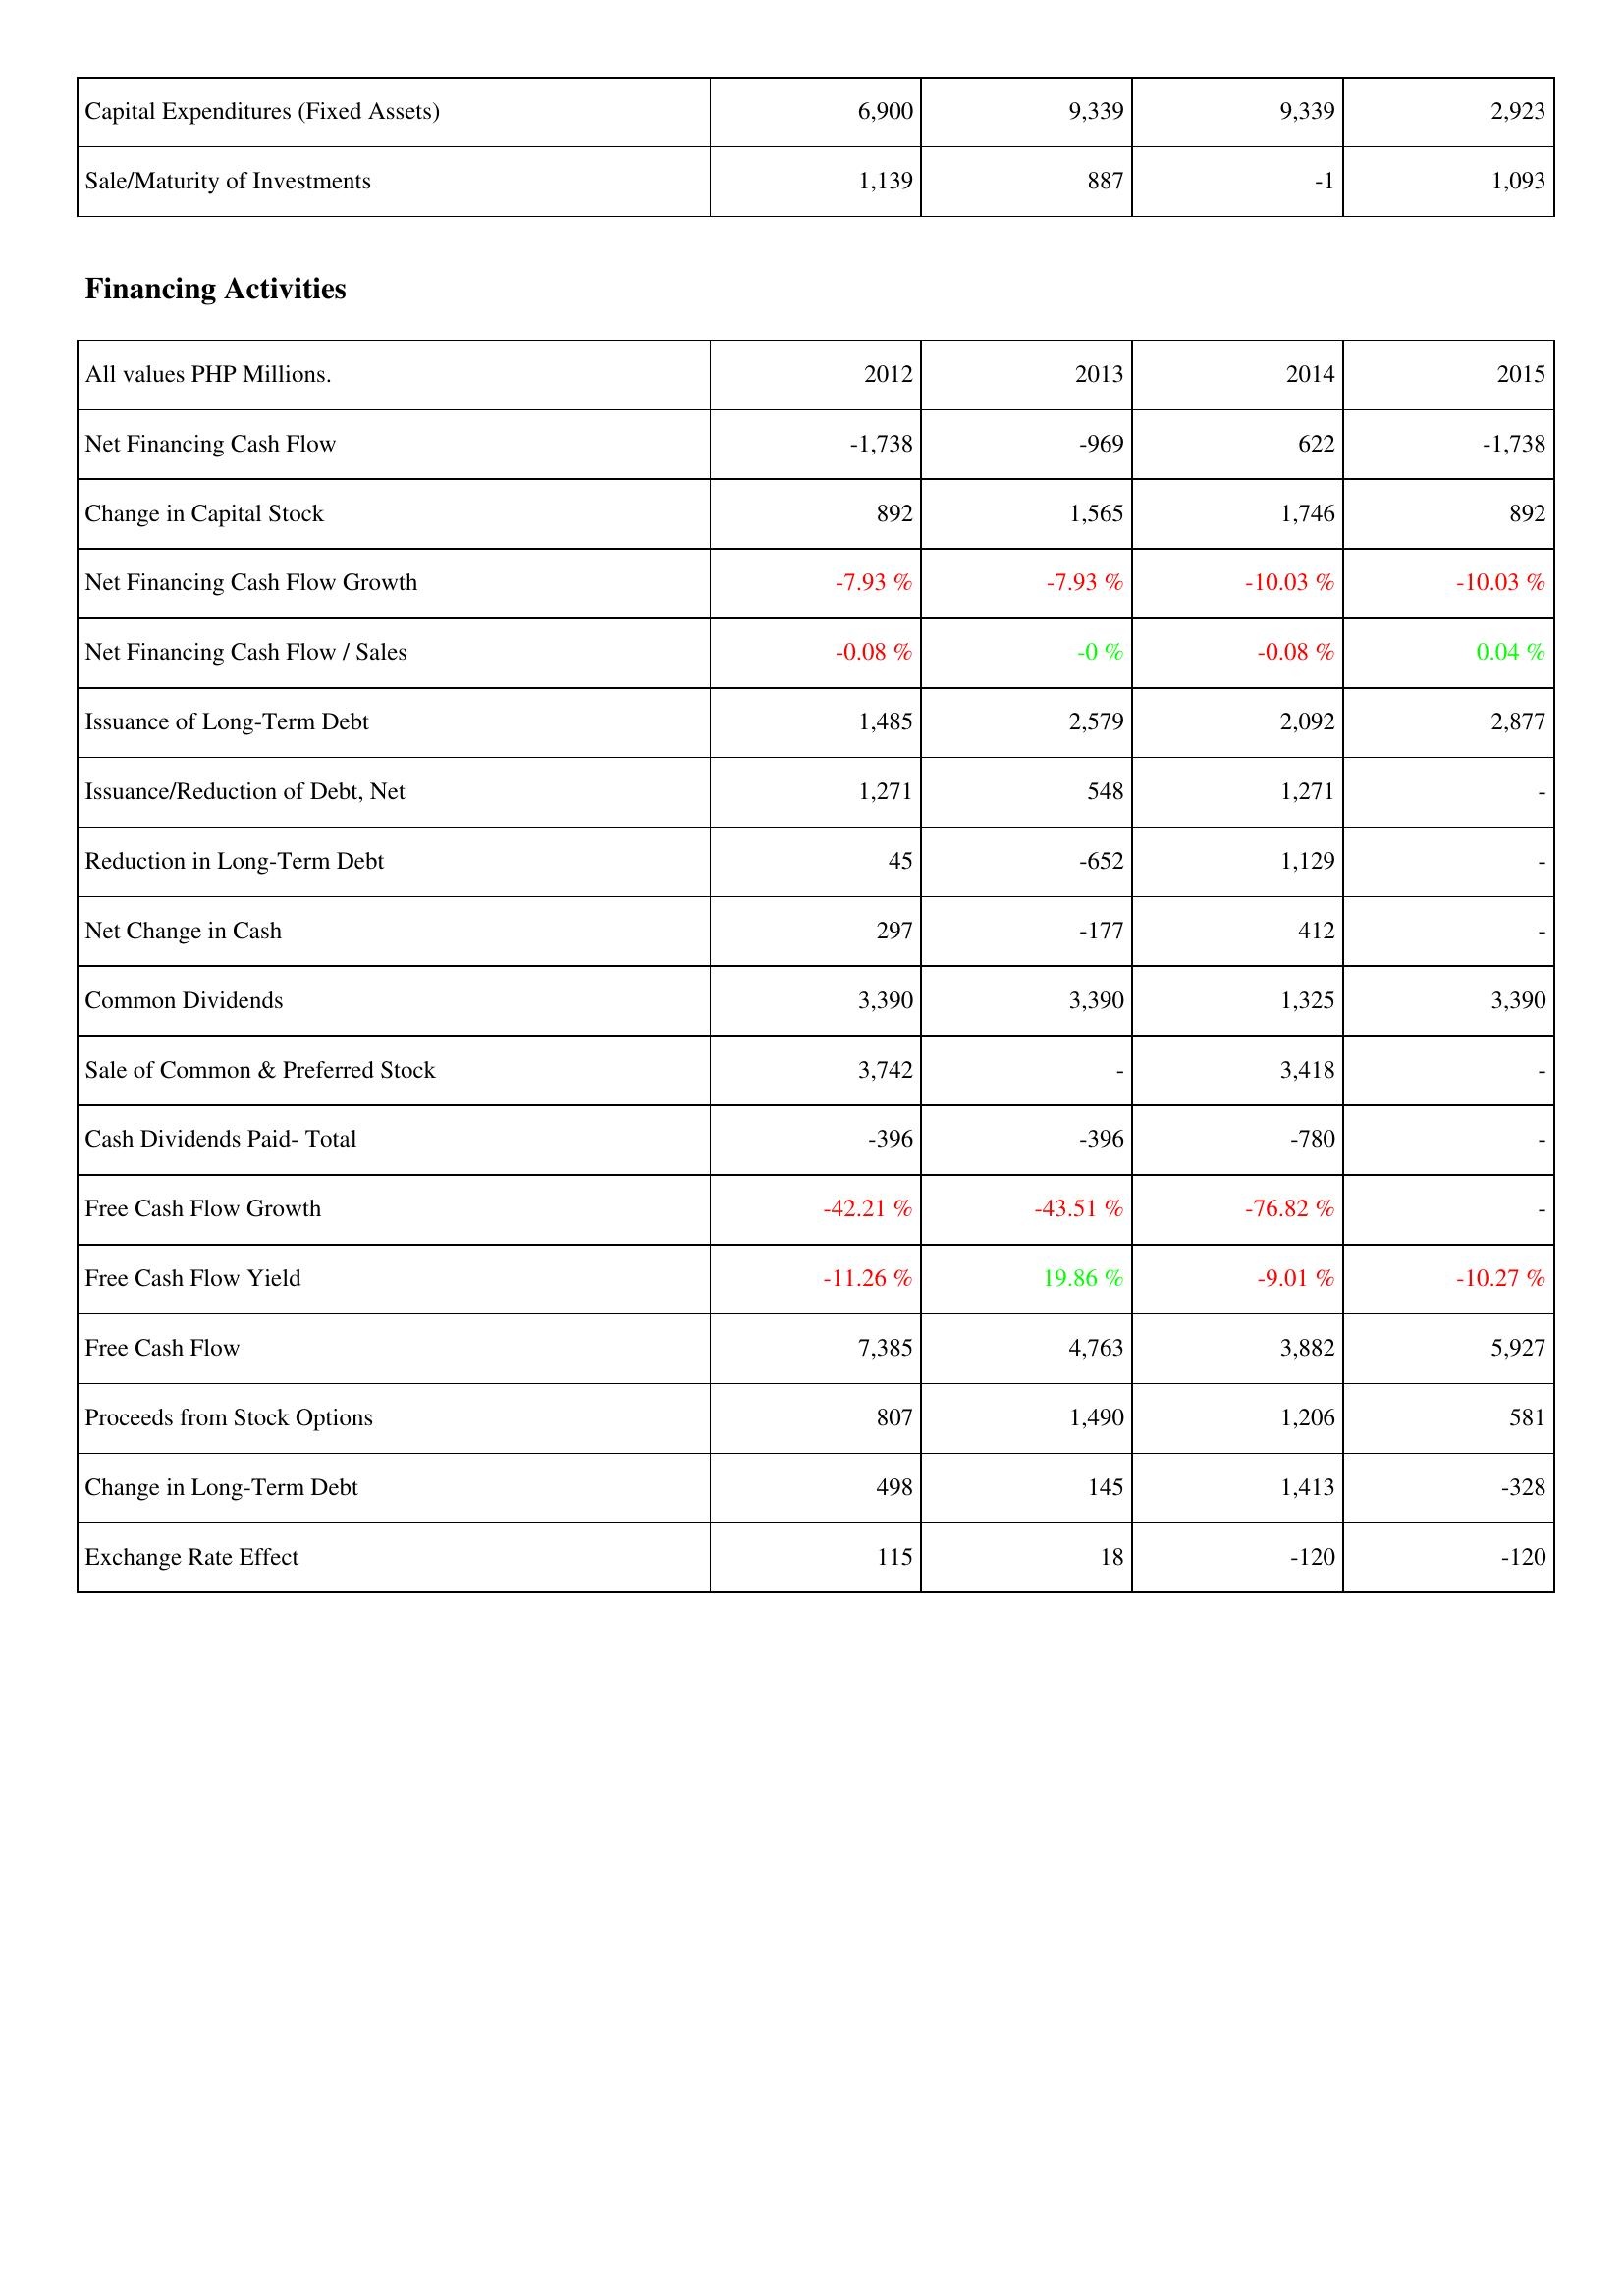
2012: Investing Activities: Capital Expenditures (Fixed Assets): 6,900
Sale/Maturity of Investments: 1,139
Financing Activities: Net Financing Cash Flow: -1,738
Change in Capital Stock: 892
Net Financing Cash Flow Growth: -7.93 %
Net Financing Cash Flow / Sales: -0.08 %
Issuance of Long-Term Debt: 1,485
Issuance/Reduction of Debt, Net: 1,271
Reduction in Long-Term Debt: 45
Net Change in Cash: 297
Common Dividends: 3,390
Sale of Common & Preferred Stock: 3,742
Cash Dividends Paid- Total: -396
Free Cash Flow Growth: -42.21 %
Free Cash Flow Yield: -11.26 %
Free Cash Flow: 7,385
Proceeds from Stock Options: 807
Change in Long-Term Debt: 498
Exchange Rate Effect: 115
2013: Investing Activities: Capital Expenditures (Fixed Assets): 9,339
Sale/Maturity of Investments: 887
Financing Activities: Net Financing Cash Flow: -969
Change in Capital Stock: 1,565
Net Financing Cash Flow Growth: -7.93 %
Net Financing Cash Flow / Sales: -0 %
Issuance of Long-Term Debt: 2,579
Issuance/Reduction of Debt, Net: 548
Reduction in Long-Term Debt: -652
Net Change in Cash: -177
Common Dividends: 3,390
Sale of Common & Preferred Stock: -
Cash Dividends Paid- Total: -396
Free Cash Flow Growth: -43.51 %
Free Cash Flow Yield: 19.86 %
Free Cash Flow: 4,763
Proceeds from Stock Options: 1,490
Change in Long-Term Debt: 145
Exchange Rate Effect: 18
2014: Investing Activities: Capital Expenditures (Fixed Assets): 9,339
Sale/Maturity of Investments: -1
Financing Activities: Net Financing Cash Flow: 622
Change in Capital Stock: 1,746
Net Financing Cash Flow Growth: -10.03 %
Net Financing Cash Flow / Sales: -0.08 %
Issuance of Long-Term Debt: 2,092
Issuance/Reduction of Debt, Net: 1,271
Reduction in Long-Term Debt: 1,129
Net Change in Cash: 412
Common Dividends: 1,325
Sale of Common & Preferred Stock: 3,418
Cash Dividends Paid- Total: -780
Free Cash Flow Growth: -76.82 %
Free Cash Flow Yield: -9.01 %
Free Cash Flow: 3,882
Proceeds from Stock Options: 1,206
Change in Long-Term Debt: 1,413
Exchange Rate Effect: -120
2015: Investing Activities: Capital Expenditures (Fixed Assets): 2,923
Sale/Maturity of Investments: 1,093
Financing Activities: Net Financing Cash Flow: -1,738
Change in Capital Stock: 892
Net Financing Cash Flow Growth: -10.03 %
Net Financing Cash Flow / Sales: 0.04 %
Issuance of Long-Term Debt: 2,877
Issuance/Reduction of Debt, Net: -
Reduction in Long-Term Debt: -
Net Change in Cash: -
Common Dividends: 3,390
Sale of Common & Preferred Stock: -
Cash Dividends Paid- Total: -
Free Cash Flow Growth: -
Free Cash Flow Yield: -10.27 %
Free Cash Flow: 5,927
Proceeds from Stock Options: 581
Change in Long-Term Debt: -328
Exchange Rate Effect: -120